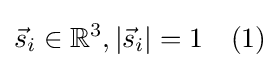
{\vec {s}}_{i}\in \mathbb {R} ^{3},|{\vec {s}}_{i}|=1\quad (1)